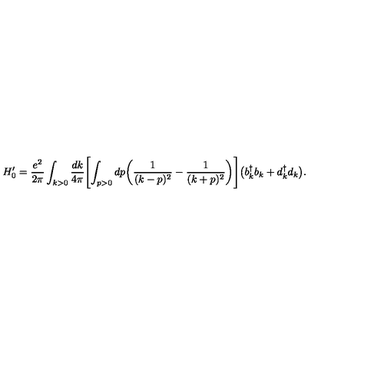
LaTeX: H _ { 0 } ^ { \prime } = { \frac { e ^ { 2 } } { 2 \pi } } \int _ { k > 0 } { \frac { d k } { 4 \pi } } \Biggl [ \int _ { p > 0 } d p \biggl ( { \frac { 1 } { ( k - p ) ^ { 2 } } } - { \frac { 1 } { ( k + p ) ^ { 2 } } } \biggr ) \Biggr ] \bigl ( b _ { k } ^ { \dagger } b _ { k } + d _ { k } ^ { \dagger } d _ { k } \bigr ) .